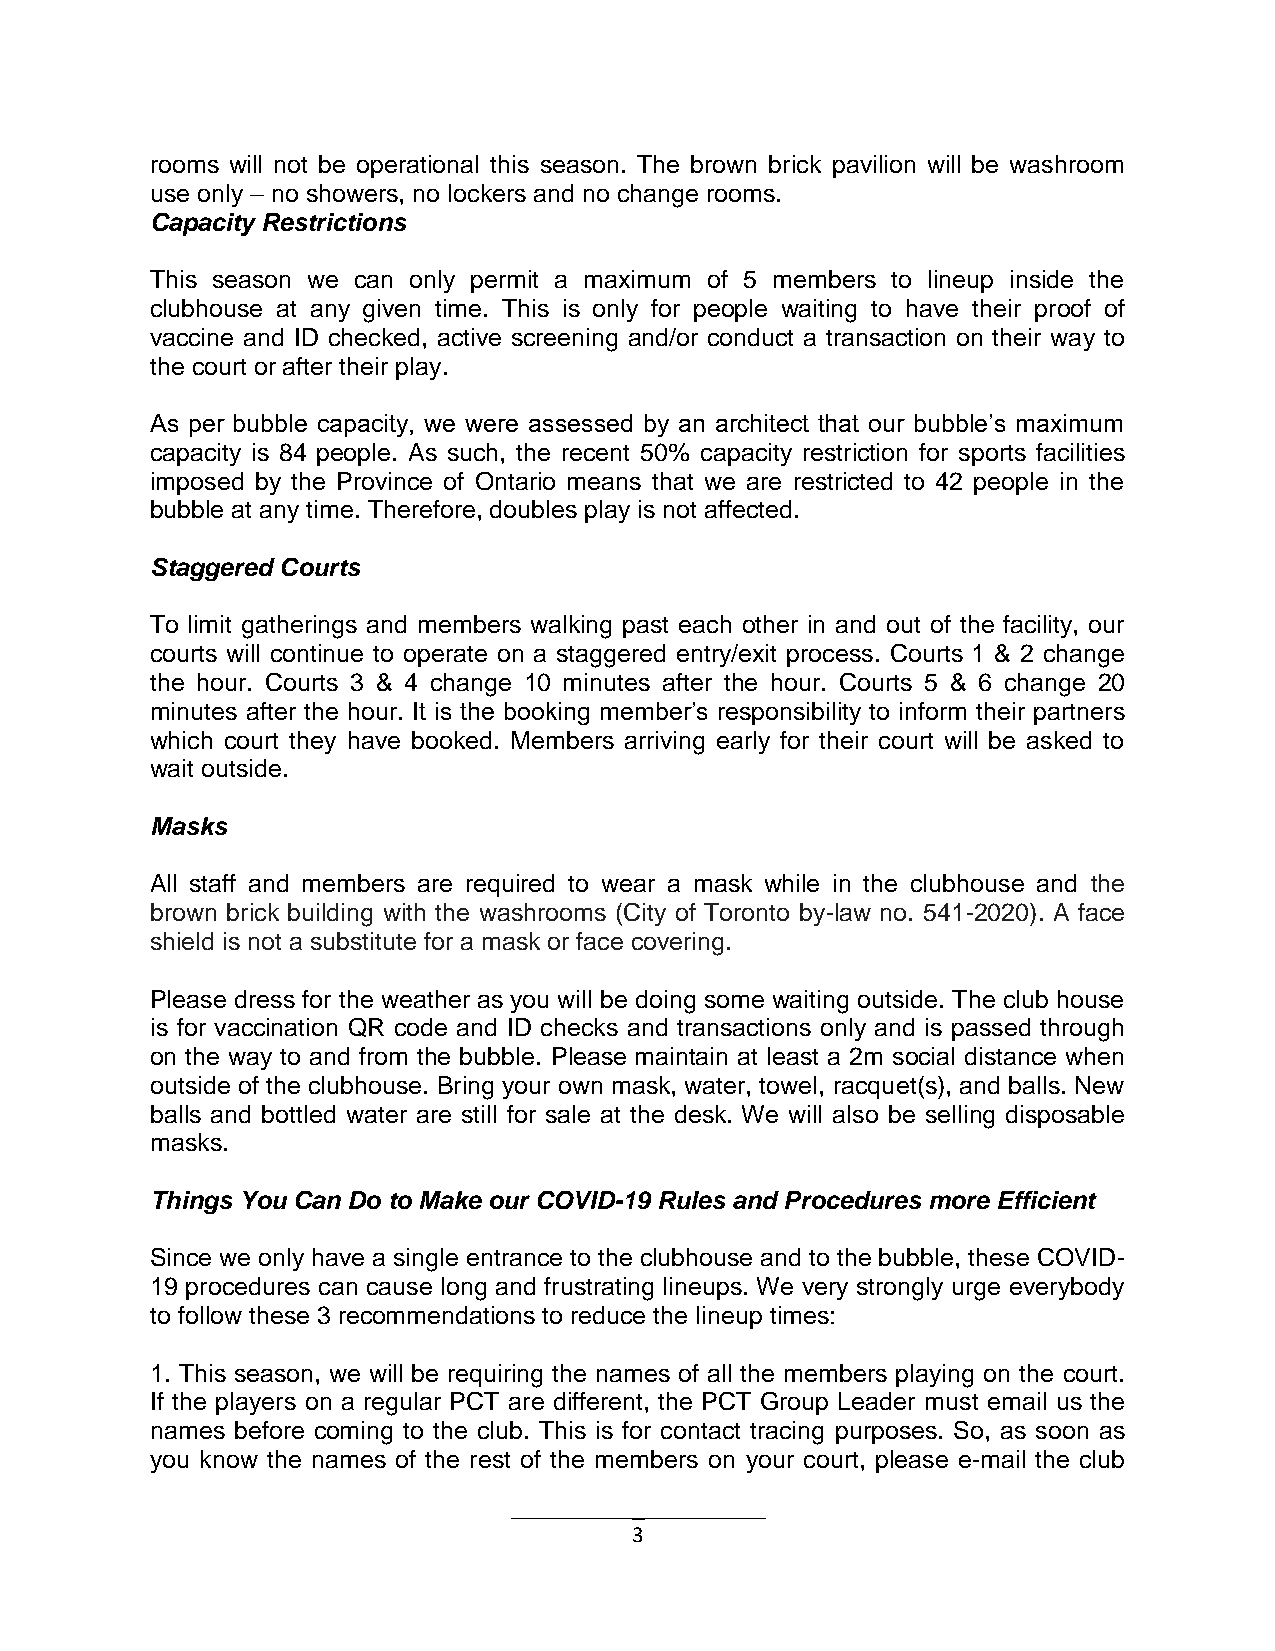
rooms will not be operational this season. The brown brick pavilion will be washroom
 use only – no showers, no lockers and no change rooms.
 Capacity Restrictions
 This season we can only permit a maximum of 5 members to lineup inside the
 clubhouse at any given time. This is only for people waiting to have their proof of
 vaccine and ID checked, active screening and/or conduct a transaction on their way to
 the court or after their play.
 As per bubble capacity, we were assessed by an architect that our bubble’s maximum
 capacity is 84 people. As such, the recent 50% capacity restriction for sports facilities
 imposed by the Province of Ontario means that we are restricted to 42 people in the
 bubble at any time. Therefore, doubles play is not affected.
 Staggered Courts
 To limit gatherings and members walking past each other in and out of the facility, our
 courts will continue to operate on a staggered entry/exit process. Courts 1 & 2 change
 the hour. Courts 3 & 4 change 10 minutes after the hour. Courts 5 & 6 change 20
 minutes after the hour. It is the booking member’s responsibility to inform their partners
 which court they have booked. Members arriving early for their court will be asked to
 wait outside.
 Masks
 All staff and members are required to wear a mask while in the clubhouse and the
 brown brick building with the washrooms (City of Toronto by-law no. 541-2020). A face
 shield is not a substitute for a mask or face covering.
 Please dress for the weather as you will be doing some waiting outside. The club house
 is for vaccination QR code and ID checks and transactions only and is passed through
 on the way to and from the bubble. Please maintain at least a 2m social distance when
 outside of the clubhouse. Bring your own mask, water, towel, racquet(s), and balls. New
 balls and bottled water are still for sale at the desk. We will also be selling disposable
 masks.
 Things You Can Do to Make our COVID-19 Rules and Procedures more Efficient
 Since we only have a single entrance to the clubhouse and to the bubble, these COVID-
 19 procedures can cause long and frustrating lineups. We very strongly urge everybody
 to follow these 3 recommendations to reduce the lineup times:
 1. This season, we will be requiring the names of all the members playing on the court.
 If the players on a regular PCT are different, the PCT Group Leader must email us the
 names before coming to the club. This is for contact tracing purposes. So, as soon as
 you know the names of the rest of the members on your court, please e-mail the club
 3